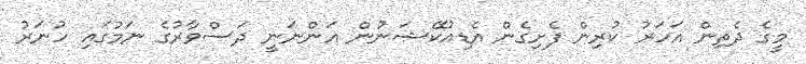
މީގެ ދެތިން އަހަރު ކުރިން ފެށިގެން އެޑިއުކޭޝަނުން އަންނަނީ ދަސްވާރުގެ ނަމުގައި ހުނަރު